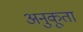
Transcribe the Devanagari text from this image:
अनुकूता